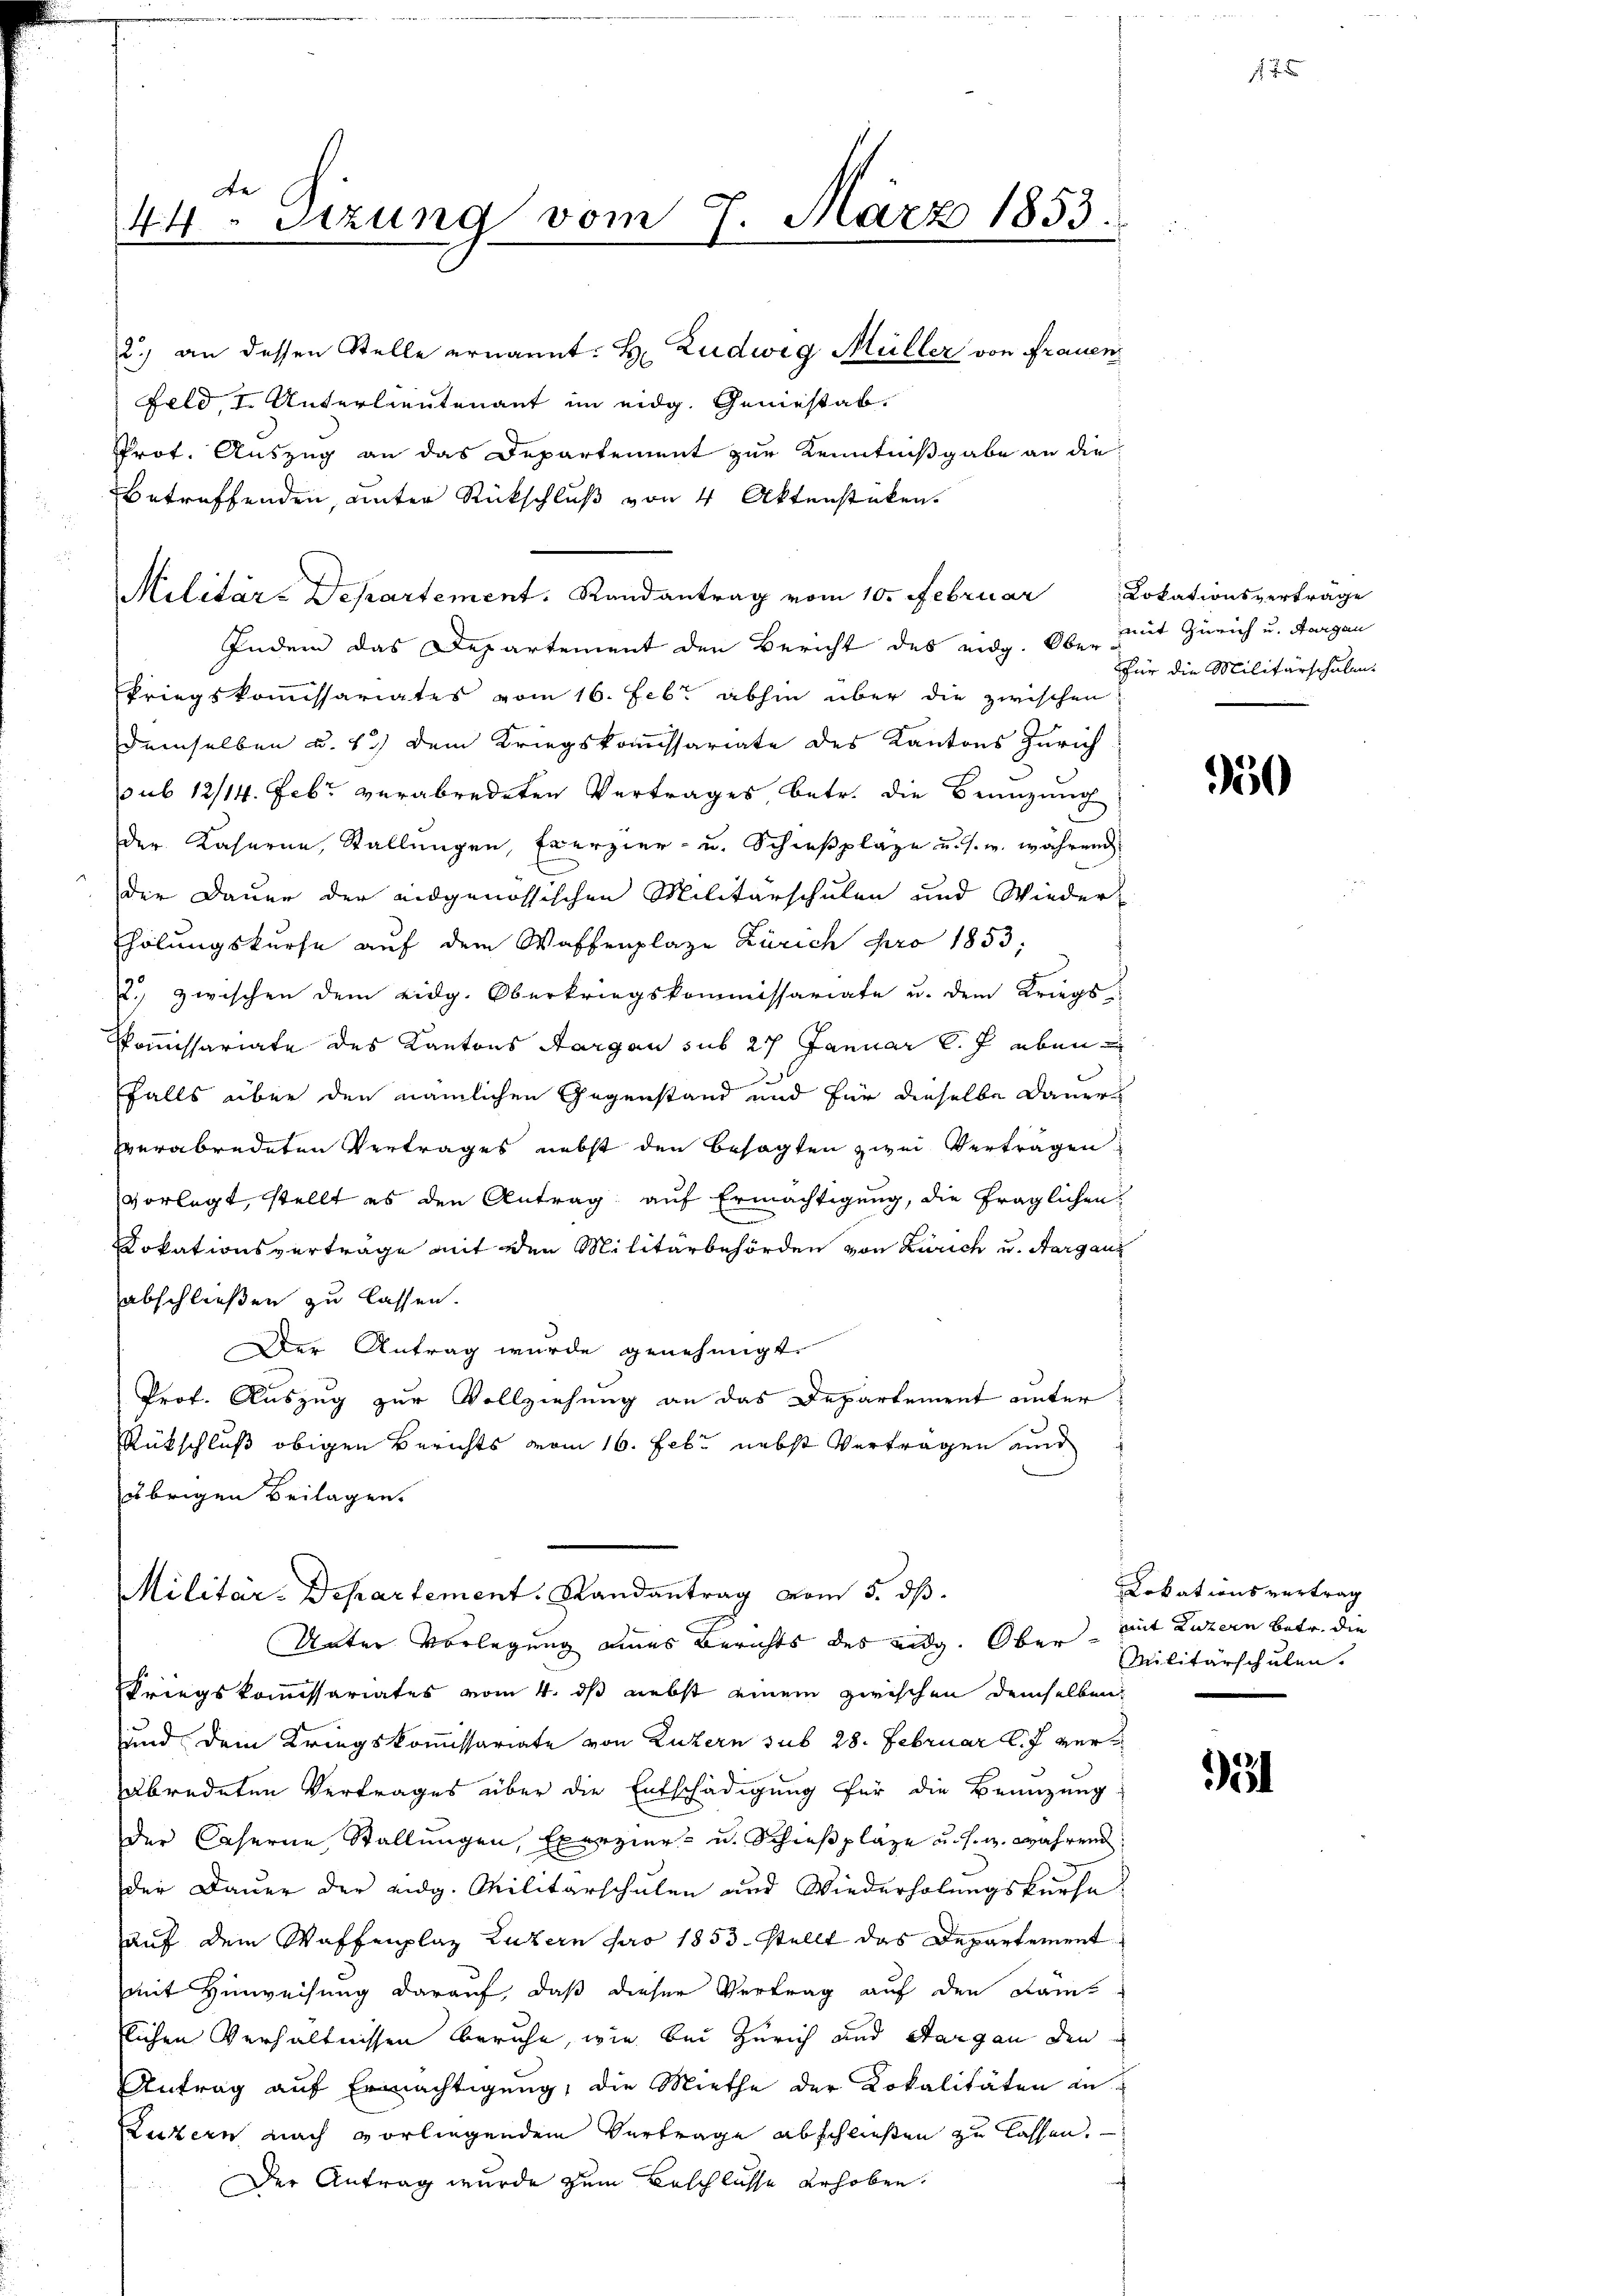
de
44. Sitzung vom 7. März 1853.

2.) an dessen Stelle ernannt: Hr. Ludwig Müller von Frauen
Feld, I Unterlieutenant im eidg. Geniesab¬
Prot. Auszug an das Departement zur Kenntnißgabe an die
betreffenden, unter Rückschluß von 4 Aktenstüken.
Militär-Departement. Randantrag vom 10. Februar
Indem das Departement den Bericht des eidg. Ober mit Zürich u. Aargau
kriegskommissariates vom 16. Febr abhin über die zwischen
demselben u. 13) dem Kriegskommissariate des Kantons Zürich
sub 12/14. Febr. verabredeten Vertrages betr. die Branzung
der Kaserna, Stallungen, Exerzier- u. Schießpläge u. s. w. während
der Dauer der eidgenössischen Militärschulen und Wieder-
holungskurse auf dem Waffenplaze Zürich pro 1853,
2 zwischen dem eidg. Oberkriegskommissariate u. dem Kriegs¬
Kommissariate des Kantons Aargau sub 27 Januar l. J. eben
falls über den nämlichen Gegenstand und für dieselbe Dauer
verabredeten Vertrages nebst den besagten zwei Vertragen
vorlegt, stellt es den Antrag auf Ermächtigung, die fraglichen
Dokationsverträge mit den Militärbehörden von Zürich u. Aargaus
abschließen zu lassen.
Der Antrag wurde genehmigt.
Prof. Auszug zur Vollziehung an das Departement unter
Rückschluß obigen Berichts vom 16. Febr. nebst Vertragen und
übrigen Beilagen.
Militar-Departement. Randantrag vom 5. dß.
Unter Vorlegung eines Berichts des eidg. Ober mit Luzern betr. die
Kriegskommissariates vom 4. dß nebst einem zwischen demselben
und dem Kriegskommissariate von Luzern sub 28. Februar l. J. verabredeten Vertrages über die Entschädigung für die Benuzung
der Caserne, Stallungen, Exerzier- u. Schießplätze u. s. während
der Dauer der eidg. Militärschulen und Wiederholungskurse
auf dem Waffenplaz Luzern pro 1853 stellt das Departement
mit Hinweisung darauf, daß dieser Vertrag auf den Kamtlichen Verhältnissen beruhe, wie bei Zürich und Sargau den
Antrag auf Ermächtigung, die Miethe der Lokalitäten an-
Luzern nach vorliegendem Vertrage abschließen zu lassen.
Der Antrag wurde zum Beschlüsse erhoben.

Kokationsvertrage
für die Militärschulen.

350

Lokationsvertrag
Militärschulen.

35